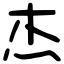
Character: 杰